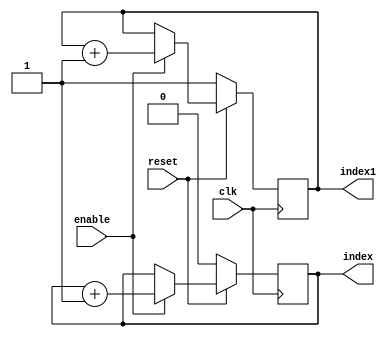
`timescale 1ns / 1ps
//////////////////////////////////////////////////////////////////////////////////
// Company: 
// Engineer: 
// 
// Design Name: 
// Module Name: sr_flip
// Project Name: 
// Target Devices: 
// Tool Versions: 
// Description: 
// 
// Dependencies: 
// 
// Revision:
// Revision 0.01 - File Created
// Additional Comments:
// 
//////////////////////////////////////////////////////////////////////////////////


module sr_flip(clk,reset,enable,index,index1 );
input clk;
input reset;
input enable;
output reg  index,index1;

always@(posedge clk) begin
if(!reset) begin
index=0;
index1=1;
end
else begin
if(enable) begin
index=index+1;
index1=index1+1;
end
else begin
index=index;
index1=index1;
end
end

end
endmodule